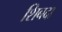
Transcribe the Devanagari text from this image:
शिबदा